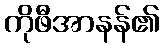
ကိုဖီအာနန်၏